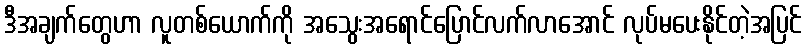
ဒီအချက်တွေဟာ လူတစ်ယောက်ကို အသွေးအရောင်ပြောင်လက်လာအောင် လုပ်မပေးနိုင်တဲ့အပြင်